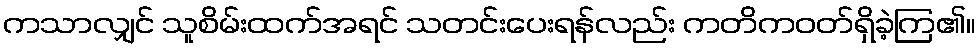
ကသာလျှင် သူစိမ်းထက်အရင် သတင်းပေးရန်လည်း ကတိကဝတ်ရှိခဲ့ကြ၏။